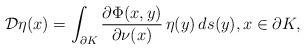
LaTeX: \begin{align*}\mathcal{D} \eta(x) = \int_{\partial K} \dfrac{ \partial \Phi(x,y)}{\partial \nu(x)} \, \eta(y) \, ds(y),x \in \partial K,\end{align*}